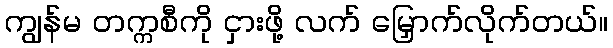
ကျွန်မ တက္ကစီကို ငှားဖို့ လက် မြှောက်လိုက်တယ်။